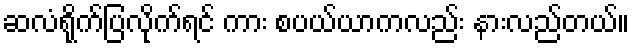
ဆလံရိုက်ပြလိုက်ရင် ကား စပယ်ယာကလည်း နားလည်တယ်။